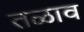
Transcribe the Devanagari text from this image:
तळाव